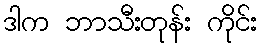
ဒါက ဘာသီးတုန်း ကိုင်း